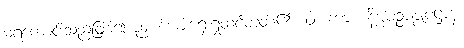
မရကောင်းသည်ဖြစ်၍ ဉာဏ်အားရှေးရှုထင်တတ်၏။ ဝါ၊ ကား။ နိပ္ပပဉ္စပစ္စုပဋ္ဌာနံ၊